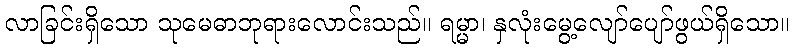
လာခြင်းရှိသော သုမေဓာဘုရားလောင်းသည်။ ရမ္မာ၊ နှလုံးမွေ့လျော်ပျော်ဖွယ်ရှိသော။